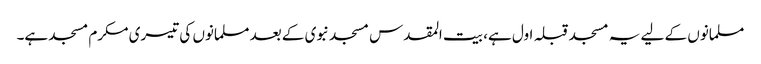
مسلمانوں کے لیے یہ مسجد قبلہ اول ہے، بیت المقدس مسجد نبوی کے بعد مسلمانوں کی تیسری مکرم مسجد ہے۔